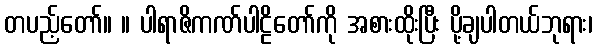
တပည့်တော်။ ။ ပါရာဇိကဏ်ပါဠိတော်ကို အစားထိုးပြီး ပို့ချပါတယ်ဘုရား၊